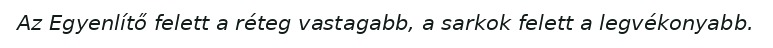
Az Egyenlítő felett a réteg vastagabb, a sarkok felett a legvékonyabb.